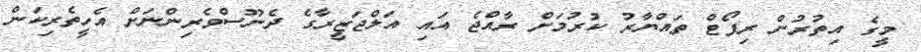
މީގެ އިތުރުން ރިޕޯޓް ތައްޔާރު ކުރުމަށް ރާއްޖެ އައި އަލްޖަޒީރާގެ ދެނޫސްވެރިންނަށް އެހީތެރިކަން